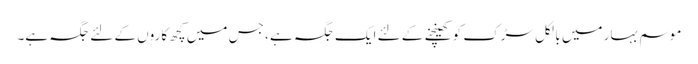
موسم بہار میں بالکل سڑک کو کھینچنے کے لئے ایک جگہ ہے ، جس میں کچھ کاروں کے لئے جگہ ہے۔